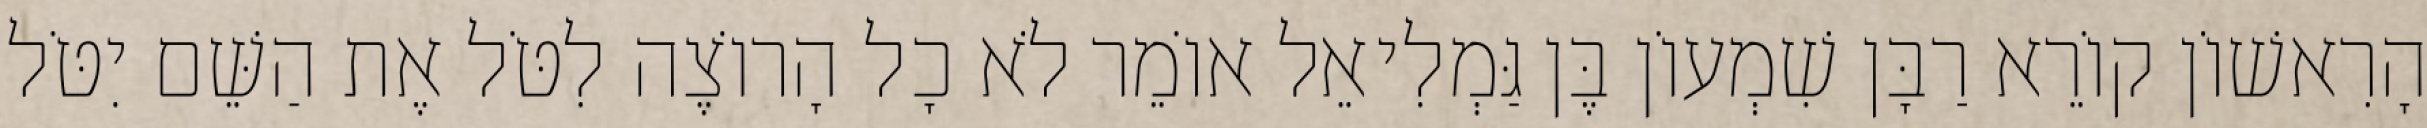
הָרִאשׁוֹן קוֹרֵא רַבָּן שִׁמְעוֹן בֶּן גַּמְלִיאֵל אוֹמֵר לֹא כָל הָרוֹצֶה לִטֹּל אֶת הַשֵּׁם יִטֹּל